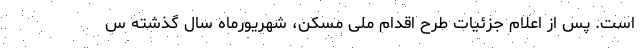
است. پس از اعلام جزئیات طرح اقدام ملی مسکن، شهریورماه سال گذشته س